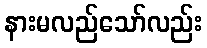
နားမလည်သော်လည်း